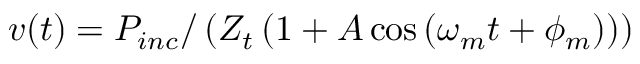
v ( t ) = P _ { i n c } / \left( Z _ { t } \left( 1 + A \cos \left( \omega _ { m } t + \phi _ { m } \right) \right) \right)